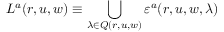
L ^ { a } ( r , u , w ) \equiv \bigcup _ { \lambda \in Q ( r , u , w ) } \varepsilon ^ { a } ( r , u , w , \lambda )